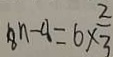
8 n - 4 = 6 \times \frac { 2 } { 3 }